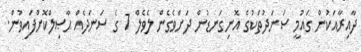
ދާއިރާއަކުން ގައުމީ ސަނަދުތަކުގެ އޮނިގަނޑުން ދަށްވެގެން ލެވެލް 7 ގެ ސަނަދެއް ޙާޞިލްކޮށްފައިވުން.